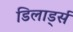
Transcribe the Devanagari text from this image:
डिलार्ड्स